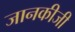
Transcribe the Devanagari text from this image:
जानकीजी